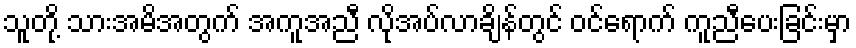
သူတို့ သားအမိအတွက် အကူအညီ လိုအပ်လာချိန်တွင် ဝင်ရောက် ကူညီပေးခြင်းမှာ